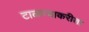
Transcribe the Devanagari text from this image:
टाळण्याकरीता